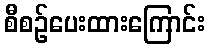
စီစဉ်ပေးထားကြောင်း